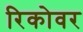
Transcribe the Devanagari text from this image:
रिकोवर